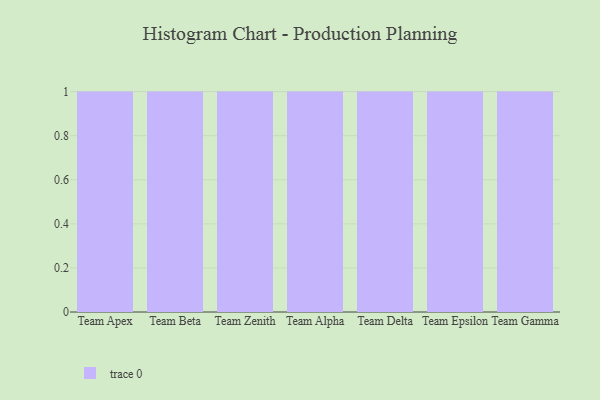
{"axis": {"x": "Team", "y": "Page Views"}, "legend": [""], "data": [{"x": "Team Apex", "y": 15, "type": ""}, {"x": "Team Beta", "y": 3, "type": ""}, {"x": "Team Zenith", "y": 66, "type": ""}, {"x": "Team Alpha", "y": 100, "type": ""}, {"x": "Team Delta", "y": 79, "type": ""}, {"x": "Team Epsilon", "y": 87, "type": ""}, {"x": "Team Gamma", "y": 31, "type": ""}]}